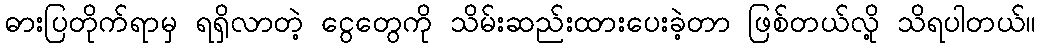
ဓားပြတိုက်ရာမှ ရရှိလာတဲ့ ငွေတွေကို သိမ်းဆည်းထားပေးခဲ့တာ ဖြစ်တယ်လို့ သိရပါတယ်။